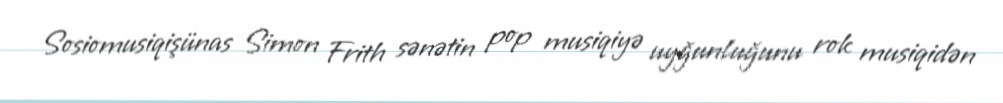
Sosiomusiqişünas Simon Frith sənətin pop musiqiyə uyğunluğunu rok musiqidən